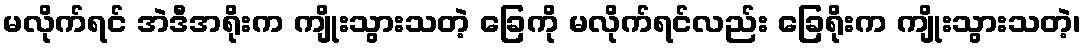
မလိုက်ရင် အဲဒီအရိုးက ကျိုးသွားသတဲ့ ခြေကို မလိုက်ရင်လည်း ခြေရိုးက ကျိုးသွားသတဲ့၊